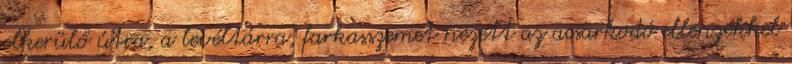
elkerülő útra, a levéltárra, farkasszemet nézett az acsarkodó ellenzékkel